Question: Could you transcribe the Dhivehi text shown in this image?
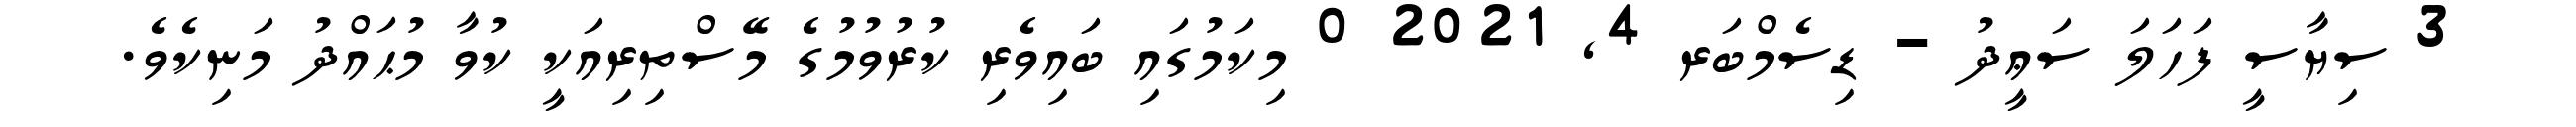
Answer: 3 ސިޔާސީ ފަހަލަ ސަޢީދު - ޑިސެމްބަރ 4, 2021 0 މިކަމުގައި ބައިވެރި ކުރުވުމުގެ މޭސްތިރިއަކީ ކުވާ މުޙައްދު މަނިކެވެ.